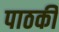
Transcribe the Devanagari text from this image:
पाठकी